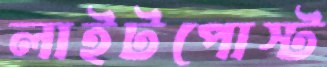
লাইটপোস্ট